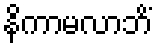
နိကာမလာဘိံ